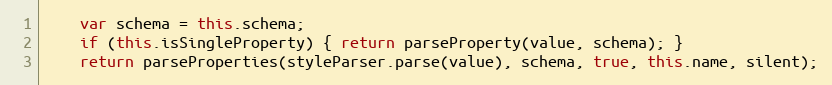
Language: JavaScript
    var schema = this.schema;
    if (this.isSingleProperty) { return parseProperty(value, schema); }
    return parseProperties(styleParser.parse(value), schema, true, this.name, silent);